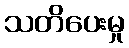
သတိပေးမှု